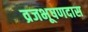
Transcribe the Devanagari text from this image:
व्रजभूषणदास